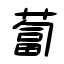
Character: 蔔